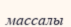
массалы